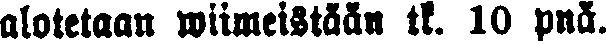
olotetaon wiimeistään tk. 10 pnä.